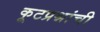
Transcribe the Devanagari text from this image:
कूटप्रश्नांची